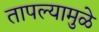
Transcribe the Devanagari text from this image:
तापल्यामुळे